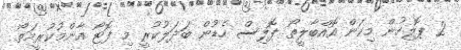
2 ޕޮލިހުން މިކަން އޮއްބާލީތޯ ޕޮލިސް ހެޑުން ބަދަލުކުރީ މި ފޮޓޯ އާންމުކުރީމަތޯ